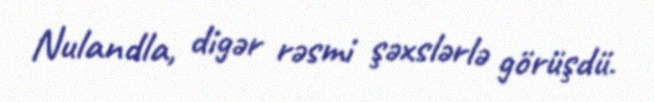
Nulandla, digər rəsmi şəxslərlə görüşdü.